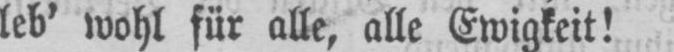
leb’ wohl für alle, alle Ewigkeit!